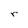
Character: r